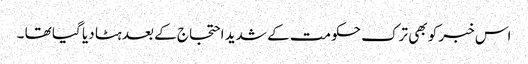
اس خبر کو بھی ترک حکومت کے شدید احتجاج کے بعد ہٹا دیا گیا تھا ۔